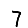
Digit: 7